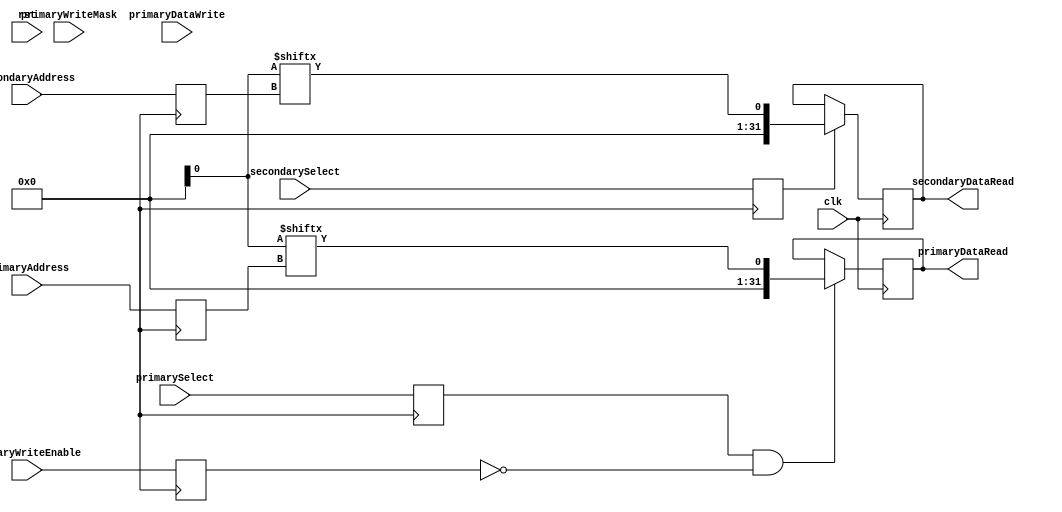
module SRAM_Wrapper_FPGA_RW_R #(
		parameter BYTE_COUNT = 4,
		parameter ADDRESS_SIZE = 9
	)(
		input wire clk,
		input wire rst,

		// Primary RW port
		input wire primarySelect,
		input wire primaryWriteEnable,
		input wire[BYTE_COUNT-1:0] primaryWriteMask,
		input wire[ADDRESS_SIZE-1:0] primaryAddress,
		input wire[WORD_SIZE-1:0] primaryDataWrite,
		output reg[WORD_SIZE-1:0] primaryDataRead,

		// Secondary R port
		input wire secondarySelect,
		input wire[ADDRESS_SIZE-1:0] secondaryAddress,
		output reg[WORD_SIZE-1:0] secondaryDataRead
	);

	localparam WORD_SIZE = 8 * BYTE_COUNT;

	// For small amounts of memory this will work fine
	reg[WORD_SIZE-1:0] memory [0:(1<<ADDRESS_SIZE)-1];

	// Based on sky130 sram verilog model
	// Primary RW port
	wire primarySelect_reg;
	wire primaryWriteEnable_reg;
	wire[BYTE_COUNT-1:0] primaryWriteMask_reg;
	wire[ADDRESS_SIZE-1:0] primaryAddress_reg;
	wire[WORD_SIZE-1:0] primaryDataWrite_reg;

	// Secondary R port
	wire secondarySelect_reg;
	wire[ADDRESS_SIZE-1:0] secondaryAddress_reg;

	always @(posedge clk0) begin
		// Primary RW port
		primarySelect_reg <= primarySelect;
		primaryWriteEnable_reg <= primaryWriteEnable;
		primaryWriteMask_reg <= primaryWriteMask;
		primaryAddress_reg <= primaryAddress;
		primaryDataWrite_reg <= primaryDataWrite;

		// Secondary R port
		secondarySelect_reg <= secondarySelect;
		secondaryAddress_reg <= secondaryAddress;
	end

	// Write to memory
	genvar index;
	generate
		for (index = 0; index < BYTE_COUNT; index = index + 1) begin
			always @ (negedge clk) begin
				if (primarySelect_reg && primaryWriteEnable_reg ) begin
					if (primaryWriteMask_reg[index]) memory[primaryAddress_reg][(index*8)+7:(index*8)] <= primaryDataWrite_reg[(index*8)+7:(index*8)];
				end
			end
		end
	endgenerate

	// Read from memory
	always @ (negedge clk) begin
		if (primarySelect_reg && !primaryWriteEnable_reg) primaryDataRead <= mem[primaryAddress_reg];
		if (secondarySelect_reg) secondaryDataRead <= mem[secondaryAddress_reg];
	end

endmodule